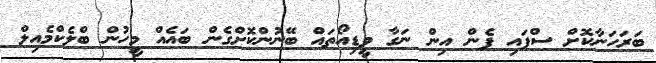
ބަރަހަނާކޮށް ސްޕައި ޕެން އިން ނަގާ ވީޑިއޯތައް ބޭނުންކޮށްގެން ބައެއް މީހުން ބްލެކްމެއިލް